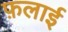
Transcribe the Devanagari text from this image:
फ़लाई